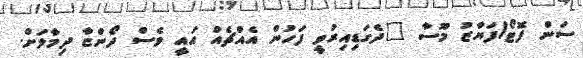
ސަން ފޮޓޯ/ފަޔާޒު މޫސާ "ދެގަޑިއިރުވީ ފަހުން އެއްޗެއް އައީ ވެސް ދޯންޏާ ދިމާލަށް.